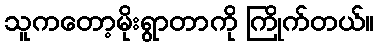
သူကတော့မိုးရွာတာကို ကြိုက်တယ်။